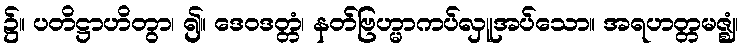
၌။ ပတိဋ္ဌာဟိတွာ၊ ၍။ ဒေဝဒတ္တံ၊ နတ်ဗြဟ္မာကပ်လှူအပ်သော။ အရဟတ္တမဇ္ဈံ၊